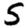
Digit: 5